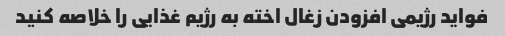
فواید رژیمی افزودن زغال اخته به رژیم غذایی را خلاصه کنید